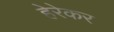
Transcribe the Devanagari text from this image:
हेरेकर